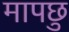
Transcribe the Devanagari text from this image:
मापछु